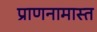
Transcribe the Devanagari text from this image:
प्राणनामास्त